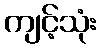
ကျင့်သုံး